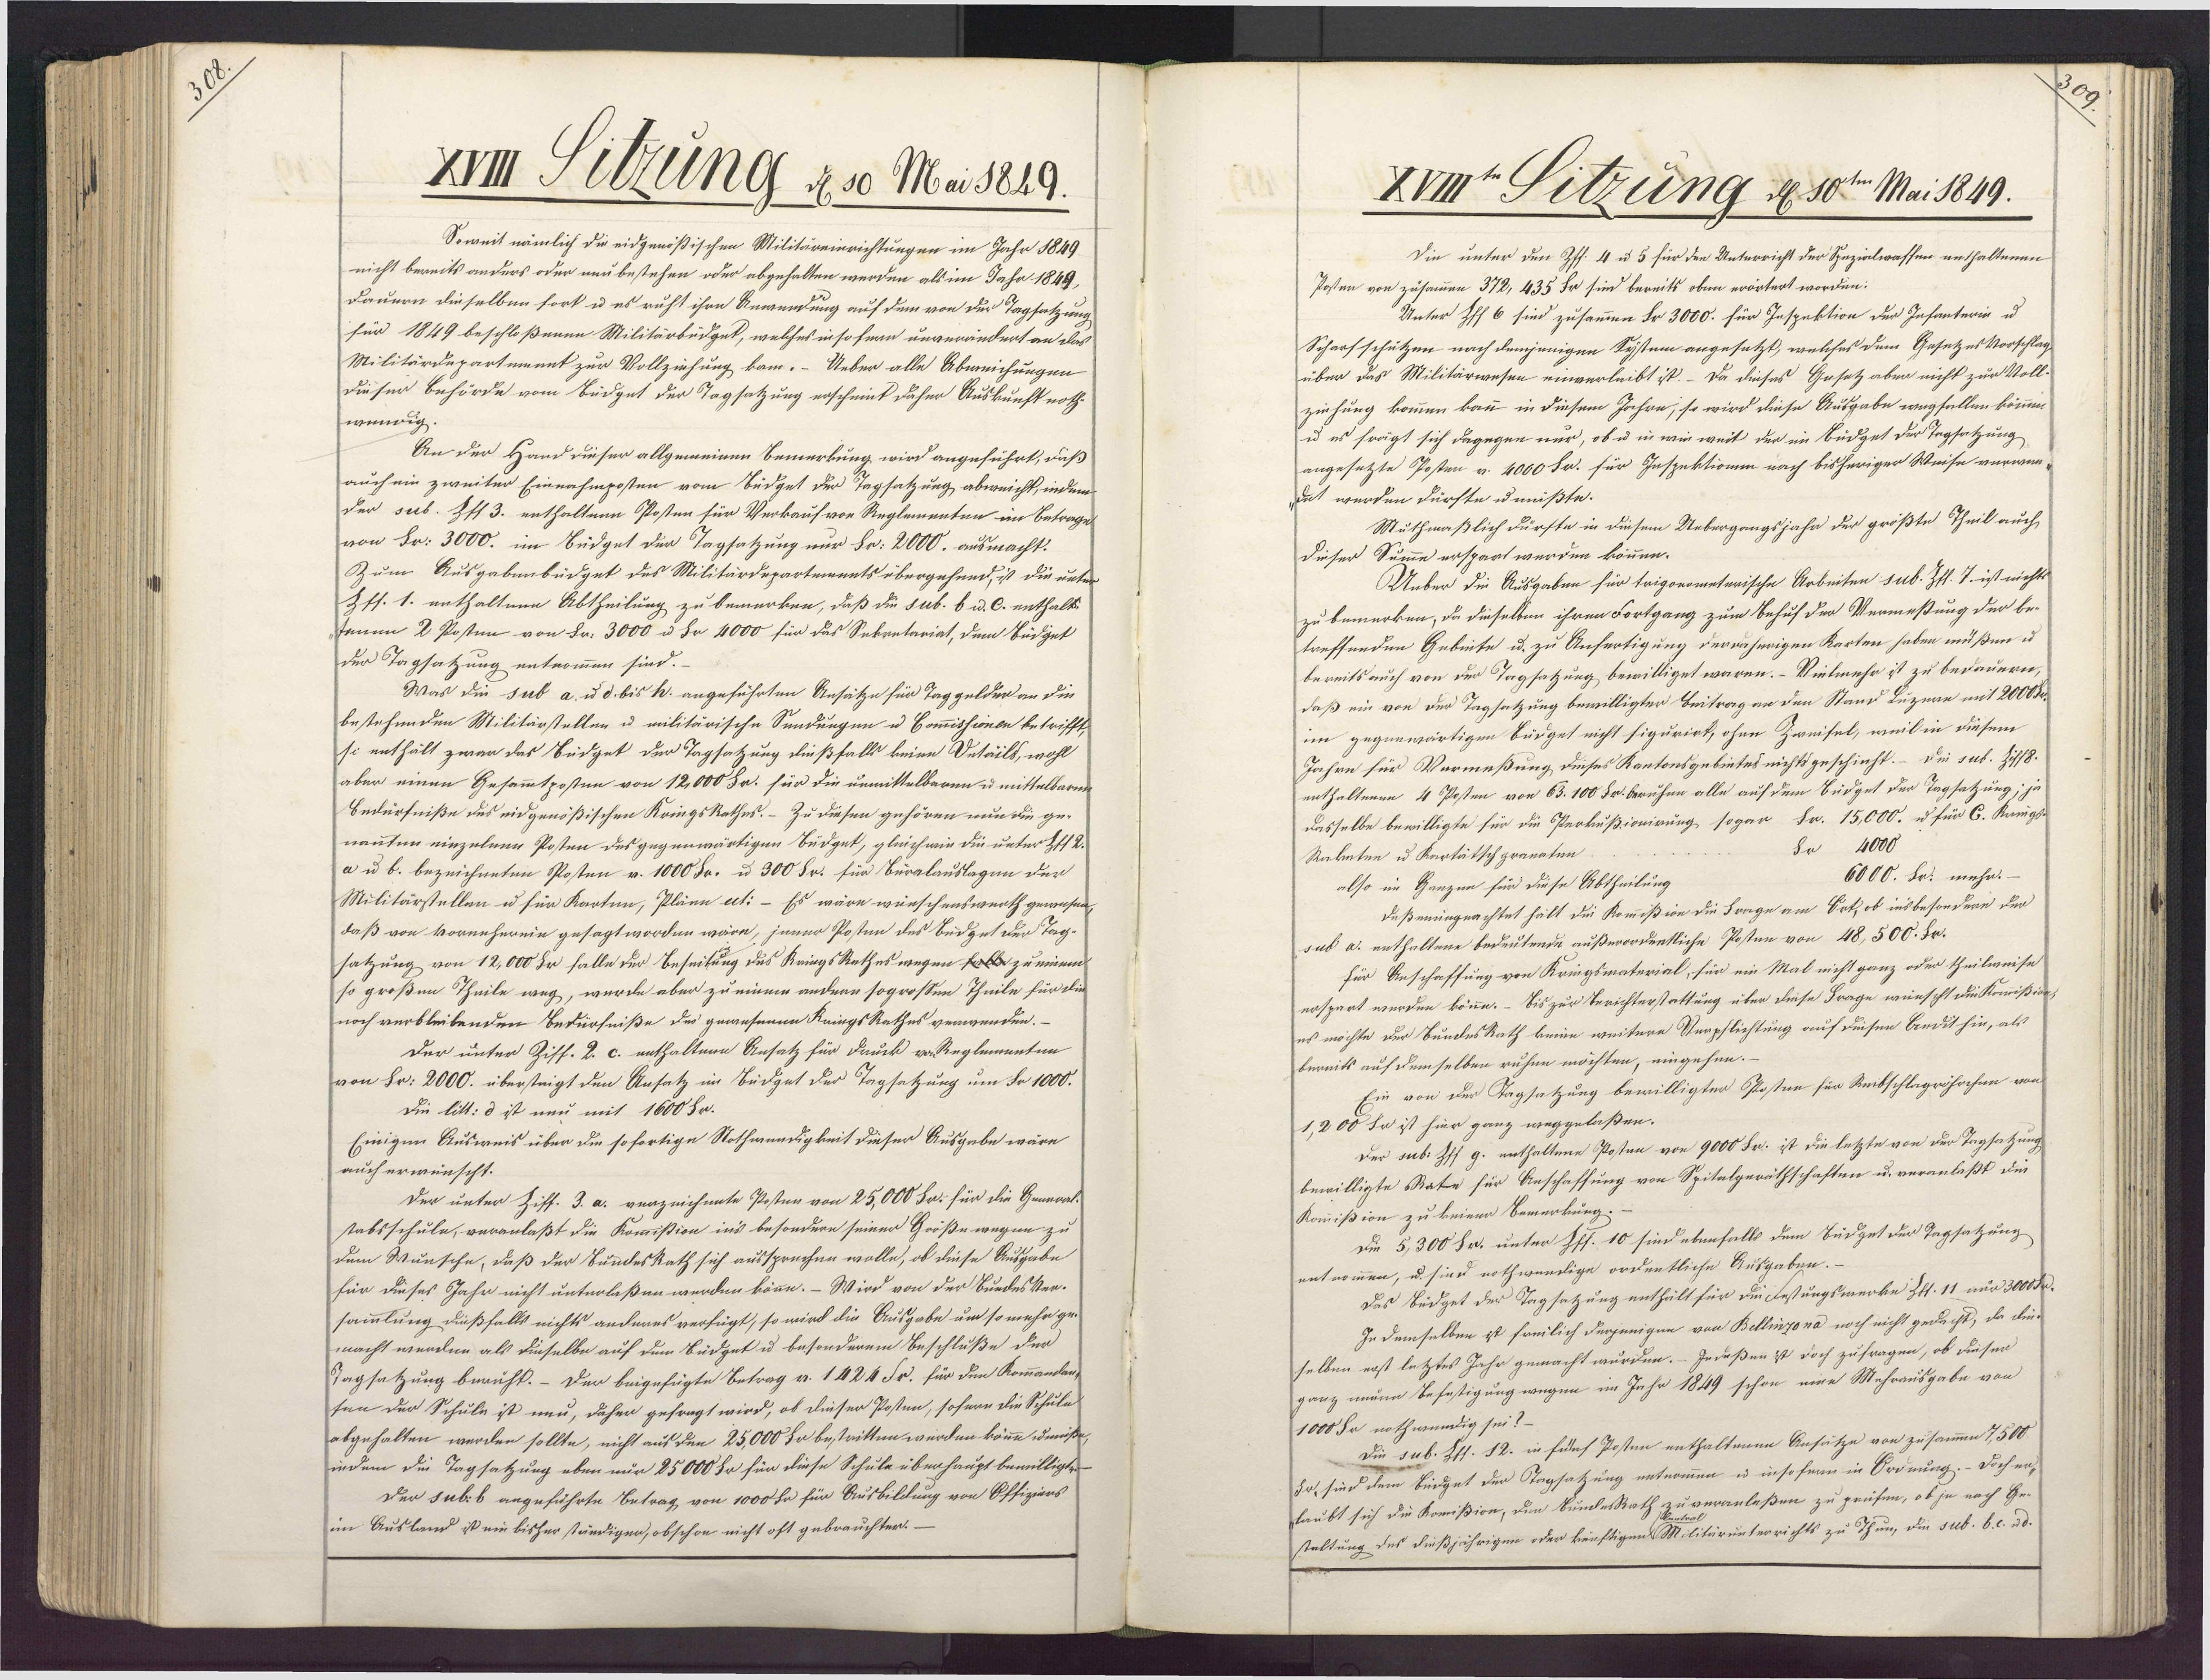
Xm Titzung d. s0 Mai 1829.
Soweit nämlich die eidgenößischen Militäreinrichtungen im Jahr 1849
nicht bereits anders oder neubestehen oder abgehalten werden als im Jahr 1849,
Dauern dieselben fort u es ruht ihre Anwendung auf dem von der Tagsatzung
für 1849 beschloßenen Militärbudget, welches in so fern unverändert an das
Militärdupartument zur Vollziehung kam. - Ueber alle Abweichungen
Dieser Behörde vom Lüdget der Tagsatzung erscheint daher Auskunft noth¬
wündig.
An der Hand dieser allgemeinen Bemerkung wird angeführt, daß
auch ein zweiter Einnahmposten vom Tüdget der Tagsatzung abweicht, indem
der seb. Zff 3. enthaltenn Posten für Verkauf vor Reglementen im Betrage
von Fr. 3000. im Lüdget der Tagsatzung nur Fr: 2000. ausmacht.
Zum Ausgabenbüdget des Militärdepartements übergehund, ist die unter¬
Zts. 1. enthalteen Abtheilung zu bemerken, daß die sub. b u. C. enthalt¬
tenen 2 Posten von Fr. 3000 u Fr 4000 für das Sekretariat, dem Lüdget
der Tagsatzung entnommen sind.
Was die sub a. u d. bis k. angeführten Ansätze für Taggelder an die
bestehenden Militärstellen u militärische Sendungen u Commissionen betrifft,
si enthält zwar das Südget der Tagsatzung dießfalls keine Detäils, wohl
aber einen Gesammtposten von 12,000 Fr. für die unmittelbaren u mittelbaren
Bedürfniße des eidgenößischen KringsRathes. – Zu diesen gehören nun die ge¬
nannten einzelnen Posten des gegenwärtigen Büdget, gleichwie die unter Zt 2.
a u b. bezeichneten Posten v. 1000 Fr. u 300 Sr. für Büralauslagen der
Militärstellen u für Karten, Pläne ect: - Es wäre wünschenswerth gewesen,
daß von Vorneherein gesagt worden wäre, jener Posten des Budget der Tag-
satzung von 12,000 Sr falle der Beseitung des KringsRathes wegen Er zu einem
so großen Theile weg, werde aber zu einem andern sogrossen Theile für die
noch verbleibenden Bedürfniße des gewesenen KringsRathes verwenden.—
Der unter Ziff. 2. c. enthaltene Ansatz für Druck vo Reglementen
von Fr. 2000. übersteigt den Ansatz im Büdget der Tagsatzung um Nr 1000.
Die litt: d ist neu mit 1600 Fr.
Einigen Ausweis über die sofortige Nothwendigkeit dieser Ausgabe wäre
auch erwünscht.
Der unter Ziff. 3. a. verzeichnete Posten von 25,000 Sr: für die General¬
tabsschule, veranlaßt die Komcißion ins besondern seiner Größe wegen zu
dem Wunsche, daß der Bundeskath sich aussprechen wolle, ob diese Ausgabe
für dieses Jahr nicht unterlaßen werden köne.– Wird von der Buedesker¬
sammlung dießfalls nichts anderes verfügt, so wird die Ausgabe um so mehr ge¬
macht werden als dieselbe auf dem Büdget u besonderem Beschluße der
Tagsatzung beruht. - Der beigefügte Betrag v. 1424 Fr. für den Kommandans
ten der Schule ist neu, daher gefragt wird, ob dieser Posten, sofern die Schule
abgehalten werden sollte, nicht aus den 25,000 Hr bestritten werden könne umiße,
indem die Tagsatzung eben nur 25000 Sr fin diese Schule überhaupt bewilligte
Der sub.b angeführte Betrag von 1000 h für Ausbildung von Offiziers
im Ausland ist ein bisher ständiger, obschon nicht oft gebrauchter. —

XVmt Sitzung d 10t Mai 1849.
Die unter den Pff. 4 u 5 für den Unterricht der Spezialwaffen enthaltenen
Posten von zusammen 372, 435 Fr sind bereits oben erörtert worden:
Unter Pff 6 sind zusammen Fr 3000. für Inspektion der Infanterin u
Scharfschützen nach demjenigen System angesetzt, welches dem Gesetzes Vorschlag
über das Militärwesen einverleibt ist. – Da dieses Gesetz aber nicht zur Voll-
ziehung kommen kann in diesem Jahre, so wird diese Ausgabe wagfellen können.
u es frägt sich dagegen nur, ob u in wie weit der im Budget der Tagsatzung
angesetzte Posten v. 4000 Fr. für Inspektionn nach bisheriger Weise verwer¬
dat wurden dürfte umüßte.
Muthmaßlich dürfte in diesem Uebergangsjahr der größte Theil auch
Dieser Summe erspart werden können.
Ueber die Ausgaben für trigonometerische Arbeiten sub. Zfl. 7. ist nichts
zu bemerken, da dieselben ihren Fortgang zum Behuf der Vermeßung der be¬
treffenden Gebinte u. zu Anfertigung derdaherigen Karten haben müßen u.
bereits auch von der Tagsatzung bewilliget waren. – Vielmehr ist zu bedauern,
daß ein von der Tagsatzung bewilligter Beitrag an den Stand Luzene mit 2000 Kr
im gegenwärtigen Bürget nicht sigurirt, ohne Zweisel, weil in diesem
Jahre für Vormeßung dieses Kantonsgebietes nichts geschieht. – Die sub. Zisf8.
enthaltenen 4 Posten von 63.100 Fr. beruhen alle auf dem Budget der Tagsetzung; ja
dasselbe bewilligte für die Peokußionirung sogar Fr. 15,000. u für C. Krings
Su 4000
Raketen u Kartätschgranaten.
6000. Fr. mehr.–
also im Ganzen für diese Abtheilung
deßenungeachtet hält die Kommißion die Frage am Ort, ob insbesondere der
sub a. enthaltene bedeutende außerordentliche Posten von 48,500. Fr.
für Anschaffung von Kringsmaterial, für ein Mal nicht ganz oder theilweise
erspart werden könne. – Bis zur Berichterstattung über diese Frage wünscht die Komißion,
es möchte der BundesRath keine weitere Verpflichtung auf deisen Ardithin, als
bereits auf demselben ruhen möchten, eingehen.
Ein von der Tagsatzung bewilligter Posten für Reibschlagröhrchen von
1,200 Sr ist hier ganz weggelaßen.
Der sub: Zff g. enthaltene Posten von 9000 Fr. ist die letzte von der Tagsatzung
bewilligte Rate für Anschaffung von Spitalgeräthschaften u. veranlaßt die
Kommißion zu keiner Bemerkung; –
Die 5,300 Fr. unter Pff. 10 sind ebenfalls dem büdget der Tagsatzung
entnommen, u. sind nothwendige ordentliche Ausgaben.
Das bedget der Tagsatzung enthält für die Festungswerke Zt. 11 nur 3000 Sr.
In demselben ist freilich derjenigen von Bellinzona noch nicht gedacht, da die
selben erst letztes Jahr gemacht wurden. Indeßen ist doch zufragen, ob diesen
ganz mnann Befestigung wegen im Jahr 1849 schon eine Mehrausgabe von
1000 Sr nothwendig sei?
Die sub. Pff. 12. in Eülef Posten enthaltenen Ansätze von zusammen 7500
Sr, sind dem Bidget der Ttagsatzung entnommen u insofern in Ordnung. - Doch erf
laubt sich die Komißion, den BundesRath zu veranlaßen zu prüfen, ob ja nach Ge¬
staltung des dießjährigen oder künftigen Militärunterrichts zu Thun, die sub. b. c. ad.

N3.